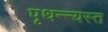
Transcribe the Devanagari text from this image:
पृथन्न्यस्त